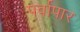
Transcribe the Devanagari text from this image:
पर्वापार